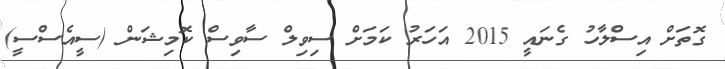
ގޮތަށް އިސްލާހު ގެނައީ 2015 އަހަރު ކަމަށް ސިވިލް ސާވިސް ކޮމިޝަން (ސީއެސްސީ)